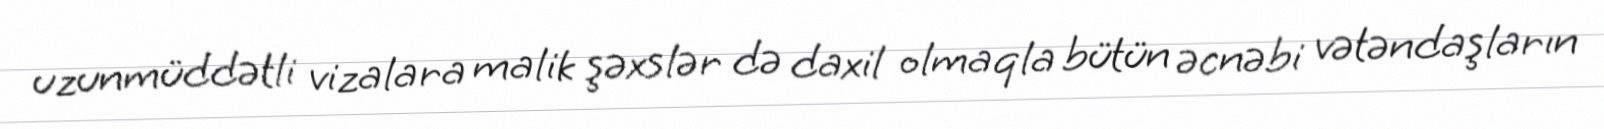
uzunmüddətli vizalara malik şəxslər də daxil olmaqla bütün əcnəbi vətəndaşların